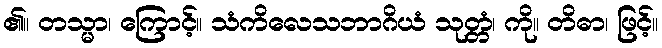
၏။ တသ္မာ၊ ကြောင့်။ သံကိလေသဘာဂိယံ သုတ္တံ၊ ကို။ တိဓာ၊ ဖြင့်။